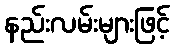
နည်းလမ်းများဖြင့်